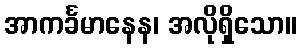
အာကင်္ခမာနေန၊ အလိုရှိသော။